Annual report of the Civil Veterinary Department, Bengal, and of the Bengal Veterinary College for the year 1906-1907 - 1906-1907
Year: 1906
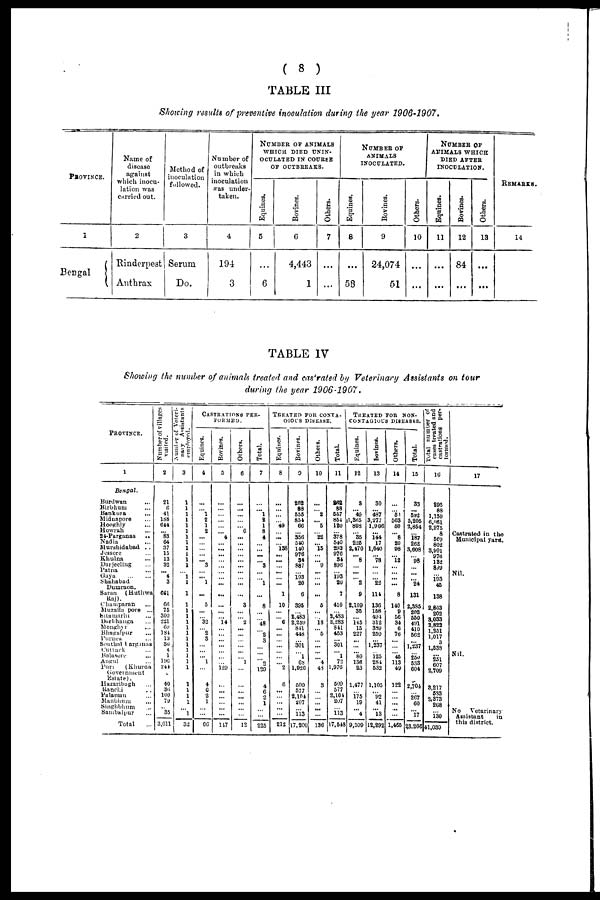
(8)
TABLE III
Showing results of preventive inoculation during the year 1906-1907.
PROVINCE.
1
Bengal
Name of
disease
against
which inocu-
lation was
carried out.
2
Rinderpest
Anthrax
Method of
inoculation
followed.
3
Serum
Do.
Number of
outbreaks
in which
inoculation
was under-
taken.
4
194
3
NUMBER OF ANIMALS
WHICH DIED UNIN-
OCULATED IN COURSE
OF OUTBREAKS.
Equines.
5
...
6
Bovines.
6
4,443
1
Others.
7
...
...
NUMBER OF
ANIMALS
INOCULATED.
Equines.
8
...
58
Bovines.
9
24,074
51
Others.
10
...
...
NUMBER OF
ANIMALS WHICH
DIED AFTER
INOCULATION.
Equines.
11
...
...
Bovines.
12
84
...
Others.
13
...
...
REMARKS.
14
TABLE IV
Showing the number of animals treated and castrated by Veterinary Assistants on tour
during the year 1906-1907.
PROVINCE.
1
Bengal.
Burdwan ...
Birbhum ...
Bankura ...
Midnapore ...
Hooghly ...
Howrah ...
24-Parganas ...
Nadia ...
Murshidabad ...
Jossore ...
Khulna ...
Darjeeling ...
Patna ...
Gaya
...
...
Shahabad
Dumraon.
Saran
(Huthwa
Raj).
Chumparan ...
Muzaffa pore ...
Sitamarhi ...
Durbhanga ...
Monghyr ...
Bhagalpur ...
Purneu ...
Sontbal larganas
Cuttack ...
Balasore ...
Angul ...
Puri
(Khurda
Government
Estate).
Hazaribagh ...
Ranchi ...
Palaman ...
Manbhum ...
Singhbhum ...
Sambalpur ...
Total ...
Number of villages
visited.
2
21
6
41
188
614
...
83 64
37
15
13
32
... 4
3
661
66
75
300
221
69
184
13
36
4
1
196
244
40
34
100 79
...
35
3,611
Number
of Veteri-
nary Assistants
employed.
3
1
1
1
1
1
1
1
1
1
1
1
1
... 1
1
1
1
1
1
1
1
1
1
1
1
1
1
1
1
1 1
1
...
1
32
CASTRATIONS PER-
FORMED.
Equines.
4
...
... 1
2
1
2
...
...
...
... ...
3
... ...
1
...
5
...
32
2
3
...
... ... 1
...
4
6
2 1
...
... 66
Bovines.
5
...
...
...
...
...
...
...
4
...
...
...
...
...
...
...
...
...
...
... 14
...
...
...
...
...
...
... 129
...
...
...
...
...
... 147
Others.
6
...
...
...
...
... 6
...
...
...
... ...
...
...
...
...
...
3
...
... 2
...
...
...
...
...
... 1
...
...
...
...
...
...
... 12
Total.
7
...
... 1
2
1
8
4 ...
... ...
... 3
...
... 1
...
8
...
... 48
... 2
3
...
... ... 9
129
4
6
2
1
...
...
225
TREATED FOR CONTA-
GIOUS DISEASE.
Equines.
8
...
...
...
... 49
...
...
138
...
...
...
...
...
...
1
10
...
... 6
...
...
...
...
...
...
... 2
6
...
...
...
...
...
212
Bovines.
9
262
88
555
854
66
...
356
540
140
976
34
887
... 193
20
6
395
... 2,483
2,259
841
448
... 301
... 1
68
1,926
500
577
2,104
207
...
113
17,200
Others.
10
...
... 2
... 5
...
22
...
15
...
... 9
...
... ...
...
5
...
... 18
... 5
...
...
...
... 4
43
3
...
...
...
...
... 136
Total.
11
262
88
557
854
120
...
378 540
293
976
34
896
... 193
20
7
410
...
2,483
2,283
841
453
... 301
... 1
72
1,976
509
577
2,104
207
...
113
17,548
TREATED FOR NON¬
CONTAGIOUS DISEASES.
Equines.
12
3.
... 49
1,365
898
...
35
226
2,470
... 8
...
...
... 2
9
2,109
35
... 145
15
227
...
...
... 80
136
23
1,477
... 175
19
...
4
9,509
Bovines.
13
30
... 487
3,277
1,906
...
144
17
1,040
... 78
...
...
... 22
114
136
158
494
312
389
259
... 1,237
... 125
284
532
1,105
... 92
41
...
13
12,292
Others.
14
...
... 58
563
50
...
8
20
98
... 12
...
... ...
...
8
140
9
56
34
6
76
...
...
... 45
113
49
122
...
...
...
...
...
1,465
Total.
15
33
... 592
5,205
2,854
...
187
262
3,608
... 98
...
...
... 24
131
2,385
202
550
491
410
562
...
1,237
... 250
533
604
2,704
... 267
60
...
17
23,266
Total number of
cases treated and
castrations per-
formed.
16
295
88
1,150
6,961
2,975
8
569
802
3,901
976
132
899
...
193
...
138
3,803
202
2, 033
2,882
1,251
1,017
7
1,538
...
351
607
2,709
3,17
583
2,373
268
...
130
41,039
17
Castrated in the
Municipal yard.
Nil.
Nil.
No
Vetarinary
Assistant
in
this district.